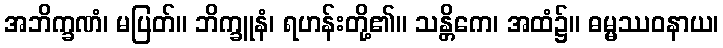
အဘိက္ခဏံ၊ မပြတ်။ ဘိက္ခူနံ၊ ရဟန်းတို့၏။ သန္တိကေ၊ အထံ၌။ ဓမ္မဿဝနာယ၊